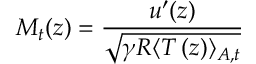
M _ { t } ( z ) = \frac { u ^ { \prime } ( z ) } { \sqrt { \gamma R \langle T \left( z \right) \rangle _ { A , t } } }